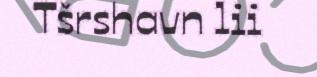
Tšrshavn lii